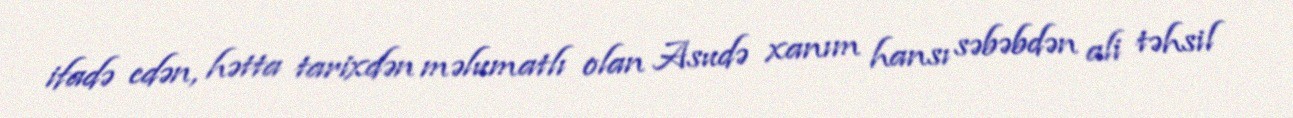
ifadə edən, hətta tarixdən məlumatlı olan Asudə xanım hansı səbəbdən ali təhsil